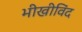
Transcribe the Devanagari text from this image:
भीखीविंद